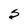
Character: S